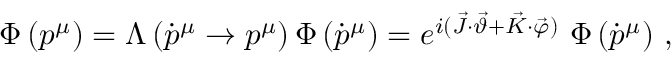
\Phi \left( p ^ { \mu } \right) = \Lambda \left( \dot { p } ^ { \mu } \to p ^ { \mu } \right) \Phi \left( \dot { p } ^ { \mu } \right) = e ^ { i ( \vec { J } \cdot \vec { \vartheta } + \vec { K } \cdot \vec { \varphi } ) } ~ \Phi \left( \dot { p } ^ { \mu } \right) \, ,